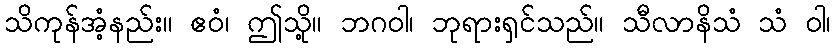
သိကုန်အံ့နည်း။ ဧဝံ၊ ဤသို့။ ဘဂဝါ၊ ဘုရားရှင်သည်။ သီလာနိသံ သံ ဝါ၊